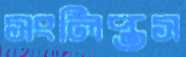
সংলিপ্তস